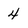
Character: 4